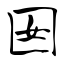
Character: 囡